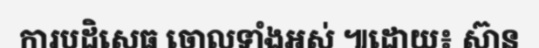
ការបដិសេធ ចោលទាំងអស់ ៕ដោយ៖ ស៊ាន